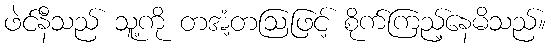
ဖဲင်နီသည် သူ့ကို တအံ့တဩဖြင့် စိုက်ကြည့်နေမိသည်။